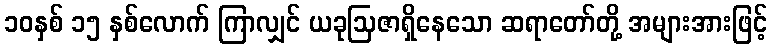
၁၀နှစ် ၁၅ နှစ်လောက် ကြာလျှင် ယခုဩဇာရှိနေသော ဆရာတော်တို့ အများအားဖြင့်